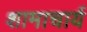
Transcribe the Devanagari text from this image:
शामाचार्य